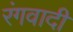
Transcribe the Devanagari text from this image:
रंगवादी